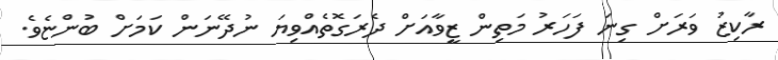
ރާކިޒު ވަރަށް ގިނަ ފަހަރު މަތިން ޒީވާއަށް ދެރަގޮތެއްވިޔަ ނުދޭނަން ކަމަށް ބުންޏެވެ.